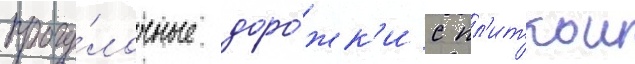
прогу́лочные доро́жк'и с пл'иткои